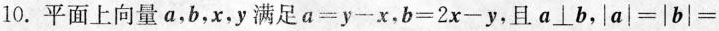
10.平面上向量a，b，x，y满足$$a - y - x$$，$$b = 2 x - y$$，且a \bot b，$$| a | = | b | =